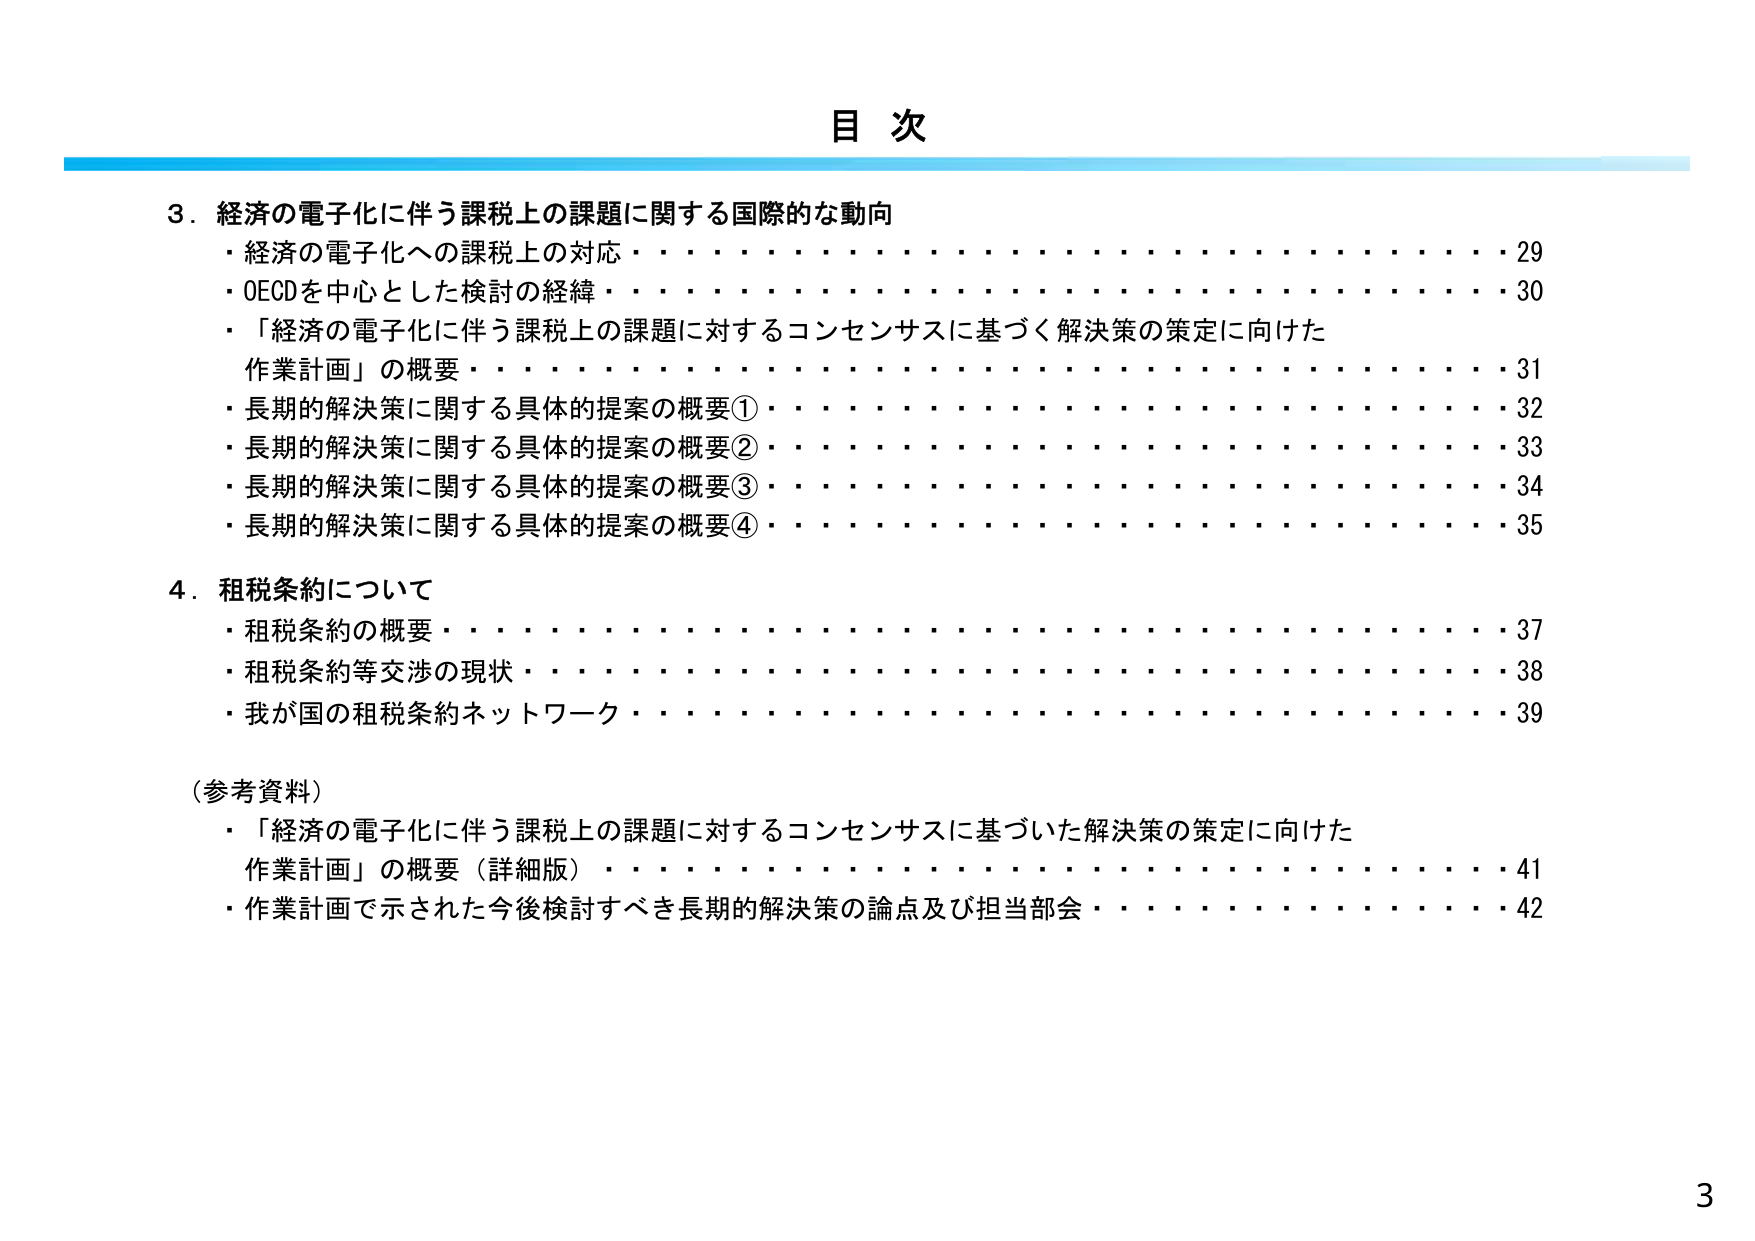
目次

3．経済の電子化に伴う課税上の課題に関する国際的な動向
・経済の電子化への課税上の対応・・・・・・・・・・・・・・・・・・・・・・・・・・・・・・・・・・29
・OECDを中心とした検討の経緯・・・・・・・・・・・・・・・・・・・・・・・・・・・・・・・・・・30
・「経済の電子化に伴う課税上の課題に対するコンセンサスに基づく解決策の策定に向けた
作業計画」の概要・・・・・・・・・・・・・・・・・・・・・・・・・・・・・・・・・・・・・・・・・・31
・長期的解決策に関する具体的提案の概要①・・・・・・・・・・・・・・・・・・・・・・・・・・32
・長期的解決策に関する具体的提案の概要②・・・・・・・・・・・・・・・・・・・・・・・・・・33
・長期的解決策に関する具体的提案の概要③・・・・・・・・・・・・・・・・・・・・・・・・・・34
・長期的解決策に関する具体的提案の概要④・・・・・・・・・・・・・・・・・・・・・・・・・・35

4．租税条約について
・租税条約の概要・・・・・・・・・・・・・・・・・・・・・・・・・・・・・・・・・・・・・・・・・・37
・租税条約等交渉の現状・・・・・・・・・・・・・・・・・・・・・・・・・・・・・・・・・・・・・・38
・我が国の租税条約ネットワーク・・・・・・・・・・・・・・・・・・・・・・・・・・・・・・・・39

（参考資料）
・「経済の電子化に伴う課税上の課題に対するコンセンサスに基づいた解決策の策定に向けた
作業計画」の概要（詳細版）・・・・・・・・・・・・・・・・・・・・・・・・・・・・・・・・・・41
・作業計画で示された今後検討すべき長期的解決策の論点及び担当部会・・・・・・・・42

3